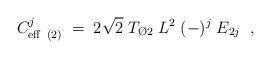
LaTeX: \begin{align*}C_{{\rm eff}\ (2)}^{j} \; = \; 2 \sqrt{2}\; T_{{\O}2}\; L^2 \;(-)^j\; E_{2j}\;\ ,\end{align*}